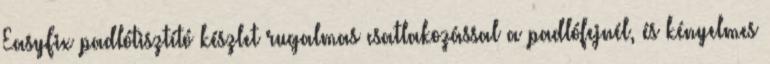
EasyFix padlótisztító készlet rugalmas csatlakozással a padlófejnél, és kényelmes